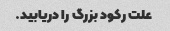
علت رکود بزرگ را دریابید.